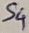
Text: S4